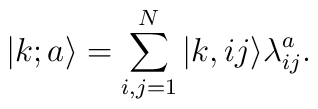
|k;a\rangle = \sum^N_{i,j=1}|k,ij\rangle\lambda^a_{ij}.